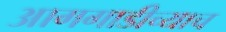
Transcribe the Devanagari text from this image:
आगगाडीच्याच